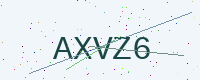
Text: AXVZ6